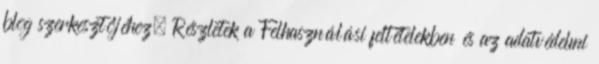
blog szerkesztőjéhez. Részletek a Felhasználási feltételekben és az adatvédelmi